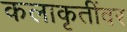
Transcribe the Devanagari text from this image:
कलाकृतींवर